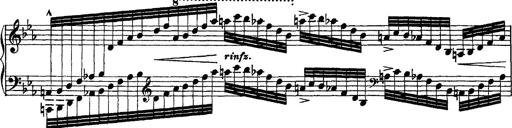
Title: Grandes Ã©tudes de Paganini
Composer: Franz Liszt